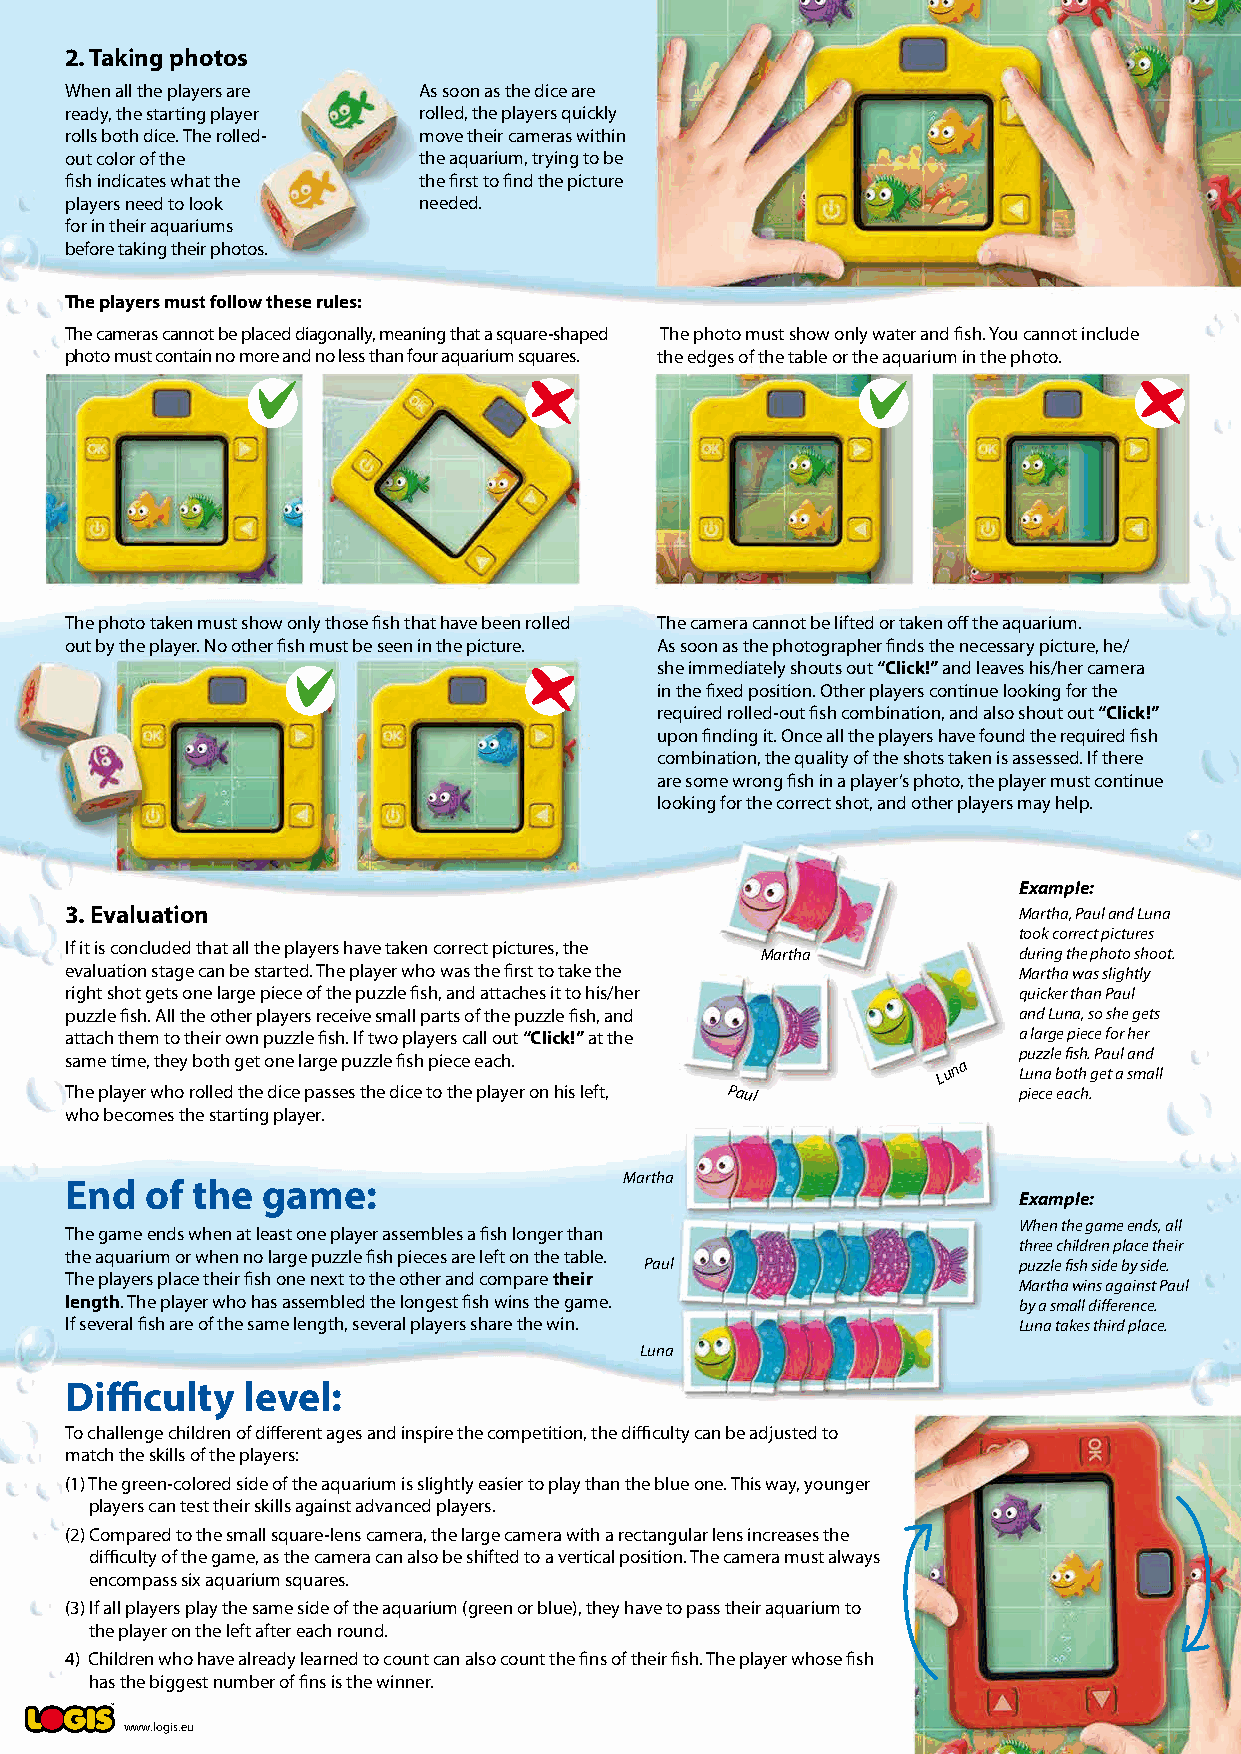
2. Taking photos
 When all the players are As soon as the dice are
 ready, the starting player rolled, the players quickly
 rolls both dice. The rolled- move their cameras within
 out color of the        the aquarium, trying to be
 fish indicates what the the first to find the picture
 players need to look    needed.
 for in their aquariums
 before taking their photos.
 The players must follow these rules:
 The cameras cannot be placed diagonally, meaning that a square-shaped The photo must show only water and fish. You cannot include
 photo must contain no more and no less than four aquarium squares. the edges of the table or the aquarium in the photo.
 The photo taken must show only those fish that have been rolled The camera cannot be lifted or taken off the aquarium.
 out by the player. No other fish must be seen in the picture. As soon as the photographer finds the necessary picture, he/
 she immediately shouts out “Click!” and leaves his/her camera
 in the fixed position. Other players continue looking for the
 required rolled-out fish combination, and also shout out “Click!”
 upon finding it. Once all the players have found the required fish
 combination, the quality of the shots taken is assessed. If there
 are some wrong fish in a player’s photo, the player must continue
 looking for the correct shot, and other players may help.
 Example:
 3. Evaluation                                                  Martha, Paul and Luna
 took correct pictures
 If it is concluded that all the players have taken correct pictures, the
 Martha           during the photo shoot.
 evaluation stage can be started. The player who was the first to take the Martha was slightly
 right shot gets one large piece of the puzzle fish, and attaches it to his/her quicker than Paul
 puzzle fish. All the other players receive small parts of the puzzle fish, and and Luna, so she gets
 attach them to their own puzzle fish. If two players call out “Click!” at the a large piece for her
 same time, they both get one large puzzle fish piece each. Lu n a p Luu nzz al e b ofi ts hh . g P ea tu al sa mnd a ll
 The player who rolled the dice passes the dice to the player on his left, Paul piece each.
 who becomes the starting player.
 Martha
 End   of the game:
 Example:
 When the game ends, all
 The game ends when at least one player assembles a fish longer than
 three children place their
 the aquarium or when no large puzzle fish pieces are left on the table.
 Paul                    puzzle fish side by side.
 The players place their fish one next to the other and compare their
 Martha wins against Paul
 length. The player who has assembled the longest fish wins the game. by a small difference.
 If several fish are of the same length, several players share the win. Luna takes third place.
 Luna
 Difficulty  level:
 To challenge children of different ages and inspire the competition, the difficulty can be adjusted to
 match the skills of the players:
 (1) The green-colored side of the aquarium is slightly easier to play than the blue one. This way, younger
 players can test their skills against advanced players.
 (2) Compared to the small square-lens camera, the large camera with a rectangular lens increases the
 difficulty of the game, as the camera can also be shifted to a vertical position. The camera must always
 encompass six aquarium squares.
 (3) If all players play the same side of the aquarium (green or blue), they have to pass their aquarium to
 the player on the left after each round.
 4) Children who have already learned to count can also count the fins of their fish. The player whose fish
 has the biggest number of fins is the winner.
 www.logis.eu